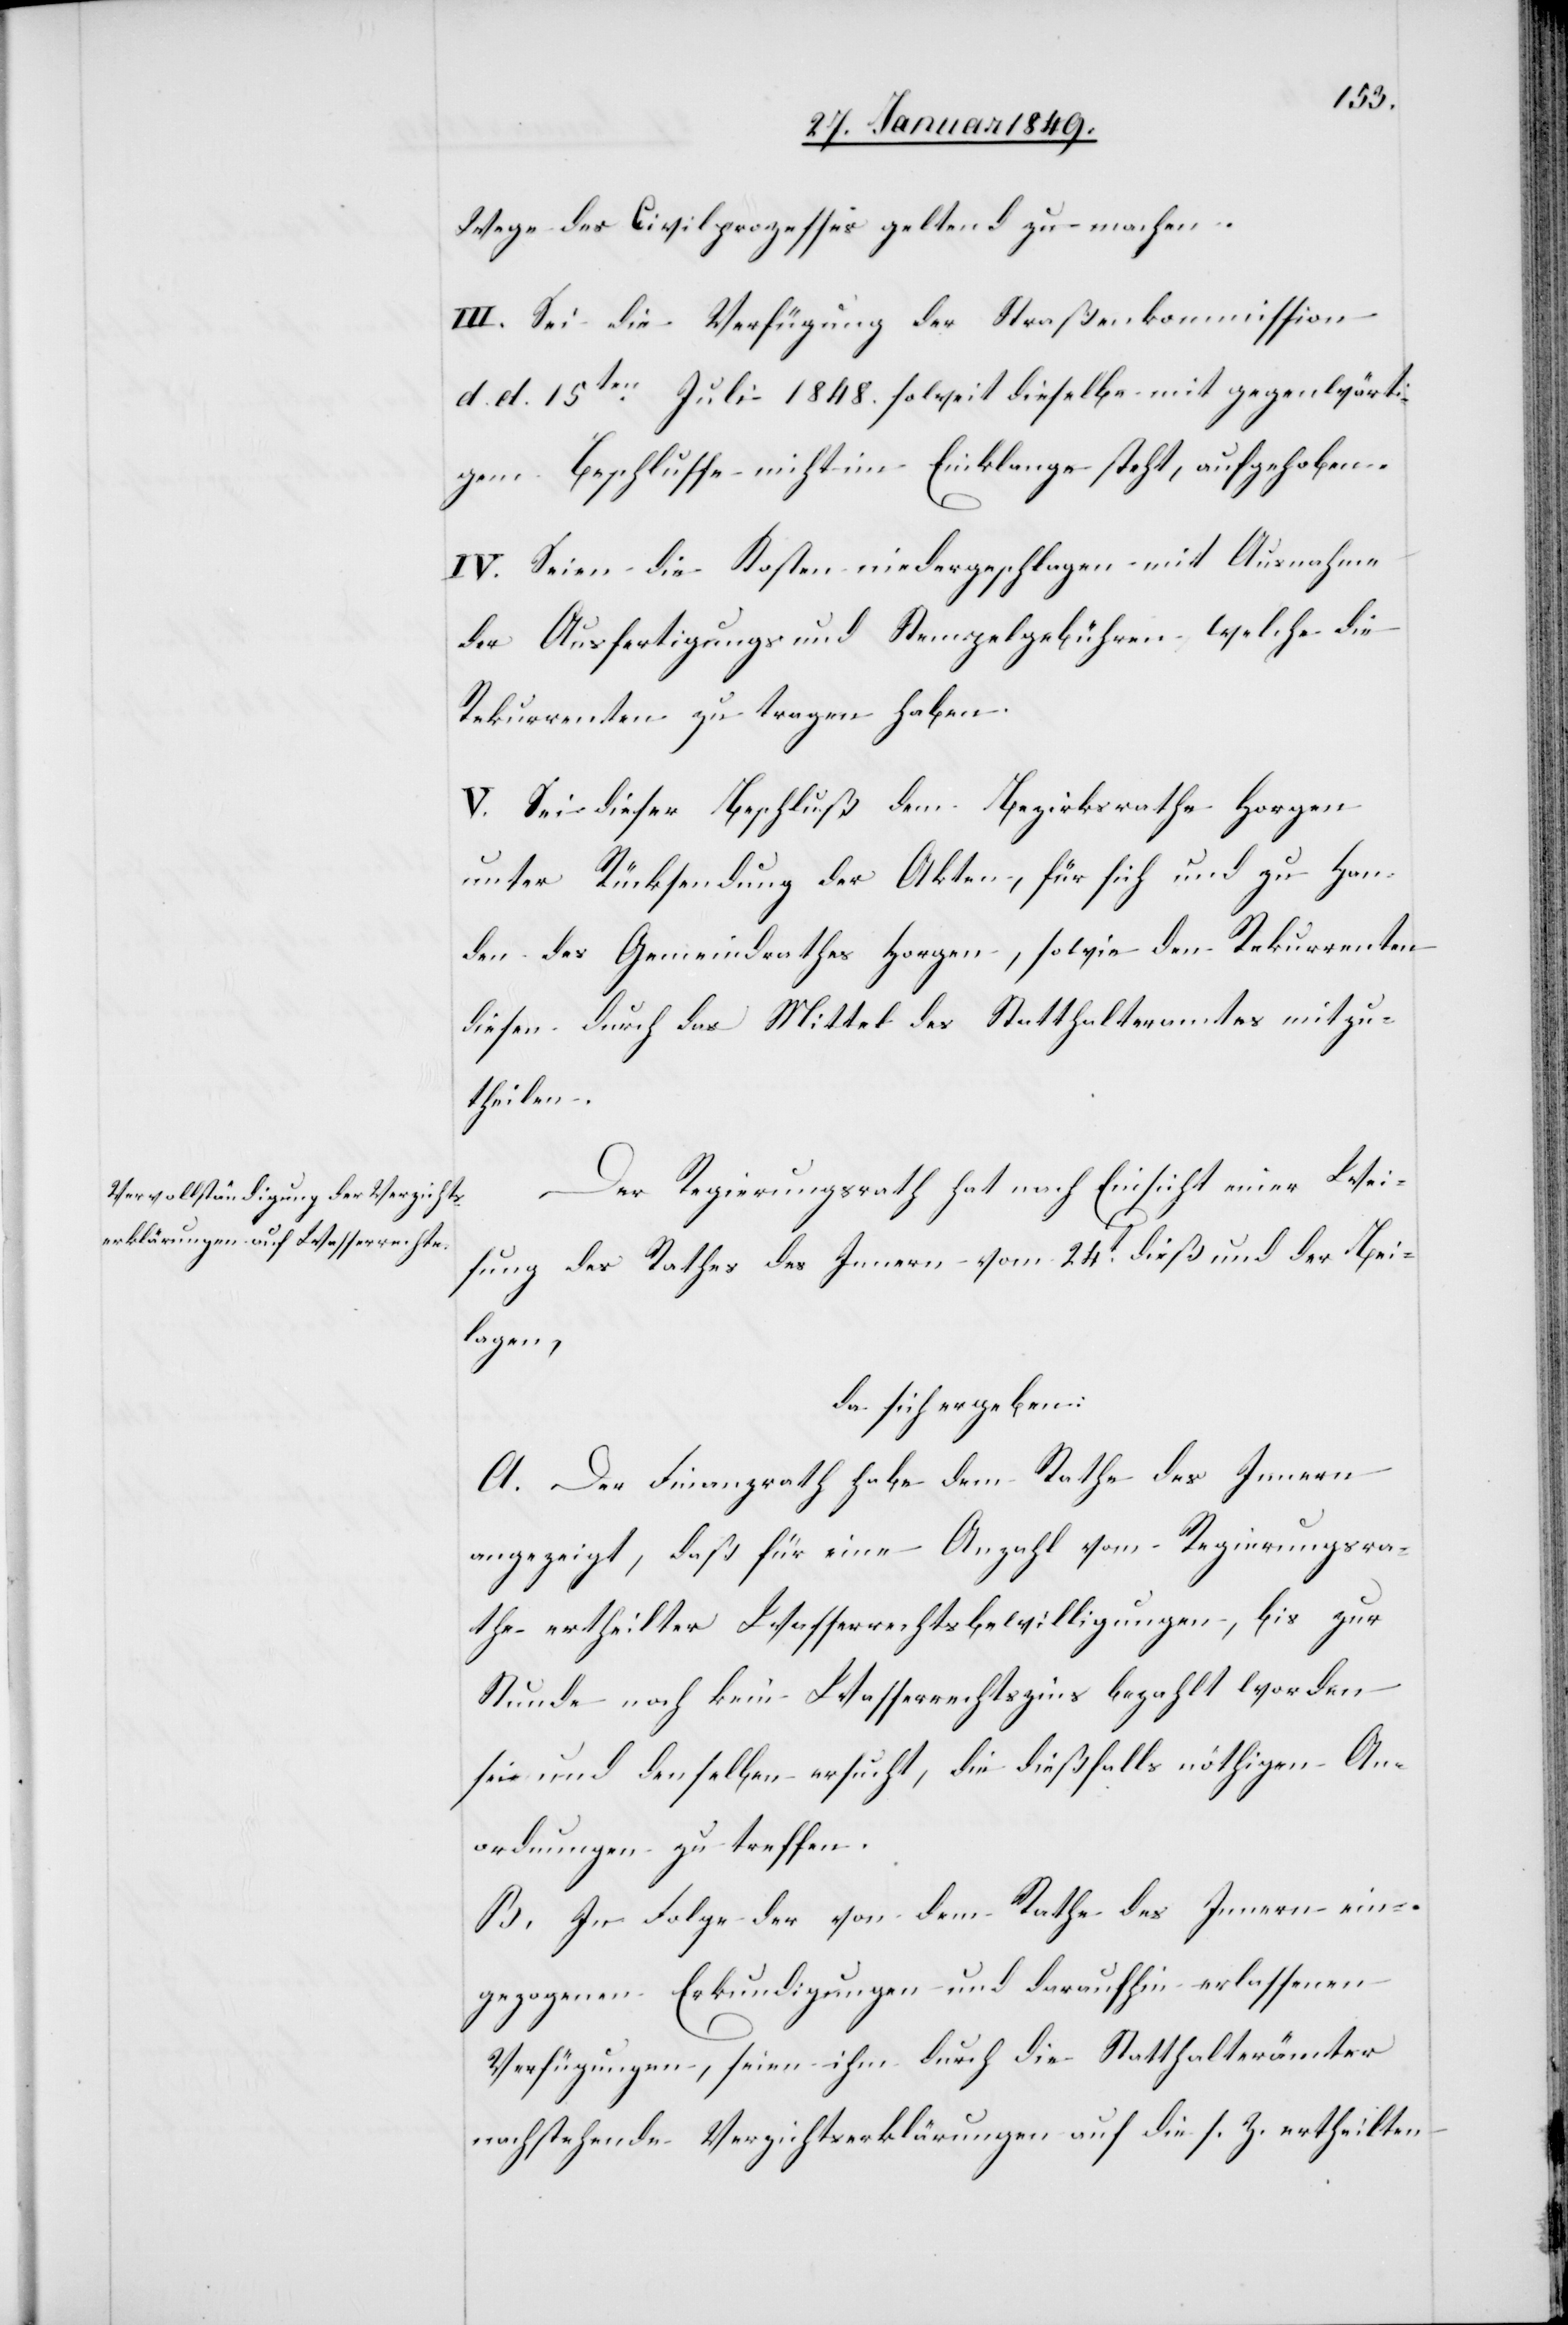
Wege des Civilprozesses geltend zu machen.
III. Sei die Verfügung der Straßenkommission
d. d. 15ten. Juli 1848. soweit dieselbe mit gegenwärti¬
gem Beschlusse nicht im Einklange steht, aufgehoben.
IV. Seien die Kosten niedergeschlagen mit Ausnahme
der Ausfertigungs und Stempelgebühren welche die
Rekurrenten zu tragen haben.
V. Sei dieser Beschluss dem Bezirksrathe Horgen
unter Rücksendung der Akten, für sich und zu Han¬
den des Gemeindrathes Horgen, sowie den Rekurrenten
diesen durch das Mittel des Statthalteramtes mitzu¬
theilen.
Der Regierungsrath hat nach Einsicht einer Wei¬
sung des Rathes des Innern vom 24t. dieß und der Bei¬
lagen,
da sich ergeben:
A. Der Finanzrath habe dem Rathe des Innern
angezeigt, daß für eine Anzahl vom Regierungsra¬
the ertheilter Wasserrechtsbewilligungen, bis zur
Stunde noch kein Wasserrechtszins bezahlt worden
sei und denselben ersucht, die dießfalls nöthigen An¬
ordnungen zu treffen.
B. In Folge der von dem Rathe des Innern ein¬
gezogenen Erkundigungen und daraufhin erlassenen
Verfügungen, seien ihm durch die Statthalterämter
nachstehende Verzichtserklärungen auf die s. Z. ertheilten